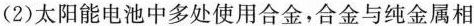
(2)太阳能电池中多处使用合金，合金与纯金属相